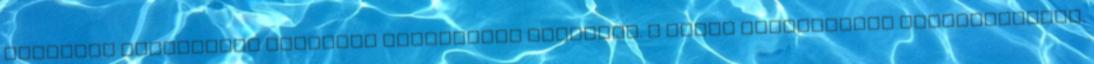
tudattal rendelkező néprajzi csoportját alkotják. A vidék hagyományos foglalkozásai: